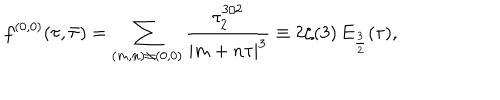
{ f ^ { ( 0 , 0 ) } ( \tau , \bar { \tau } ) = \sum _ { ( m , n ) \ne ( 0 , 0 ) } { \frac { \tau _ { 2 } ^ { 3 / 2 } } { | m + n \tau | ^ { 3 } } } \equiv 2 \zeta ( 3 ) \, E _ { \frac { 3 } { 2 } } ( \tau ) , }